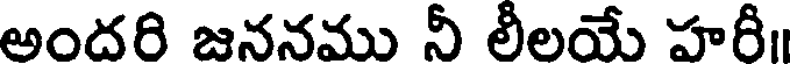
అందరి జననము నీ లీలయే హరీ